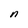
Character: n